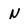
Character: N